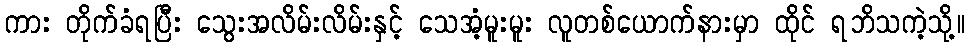
ကား တိုက်ခံရပြီး သွေးအလိမ်းလိမ်းနှင့် သေအံ့မူးမူး လူတစ်ယောက်နားမှာ ထိုင် ရဘိသကဲ့သို့။